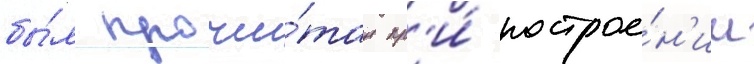
бы́л прочи́тан пр'и́ построе́н'ии